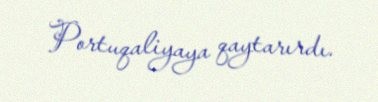
Portuqaliyaya qaytarırdı.